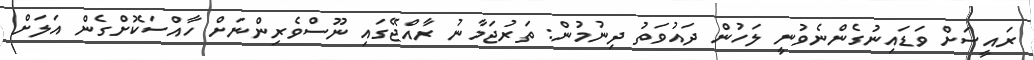
ރައީސަށް ވަޑައިނުގެންނެވުނީ ލަހުން ދައުވަތު ދިނުމުން: ތަރުޖަމާނު ރާއްޖޭގައި ނޫސްވެރިންނަށް ހާއްސަކޮށްގެން އަލަށް